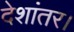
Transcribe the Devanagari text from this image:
देशांतर।